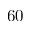
6 0